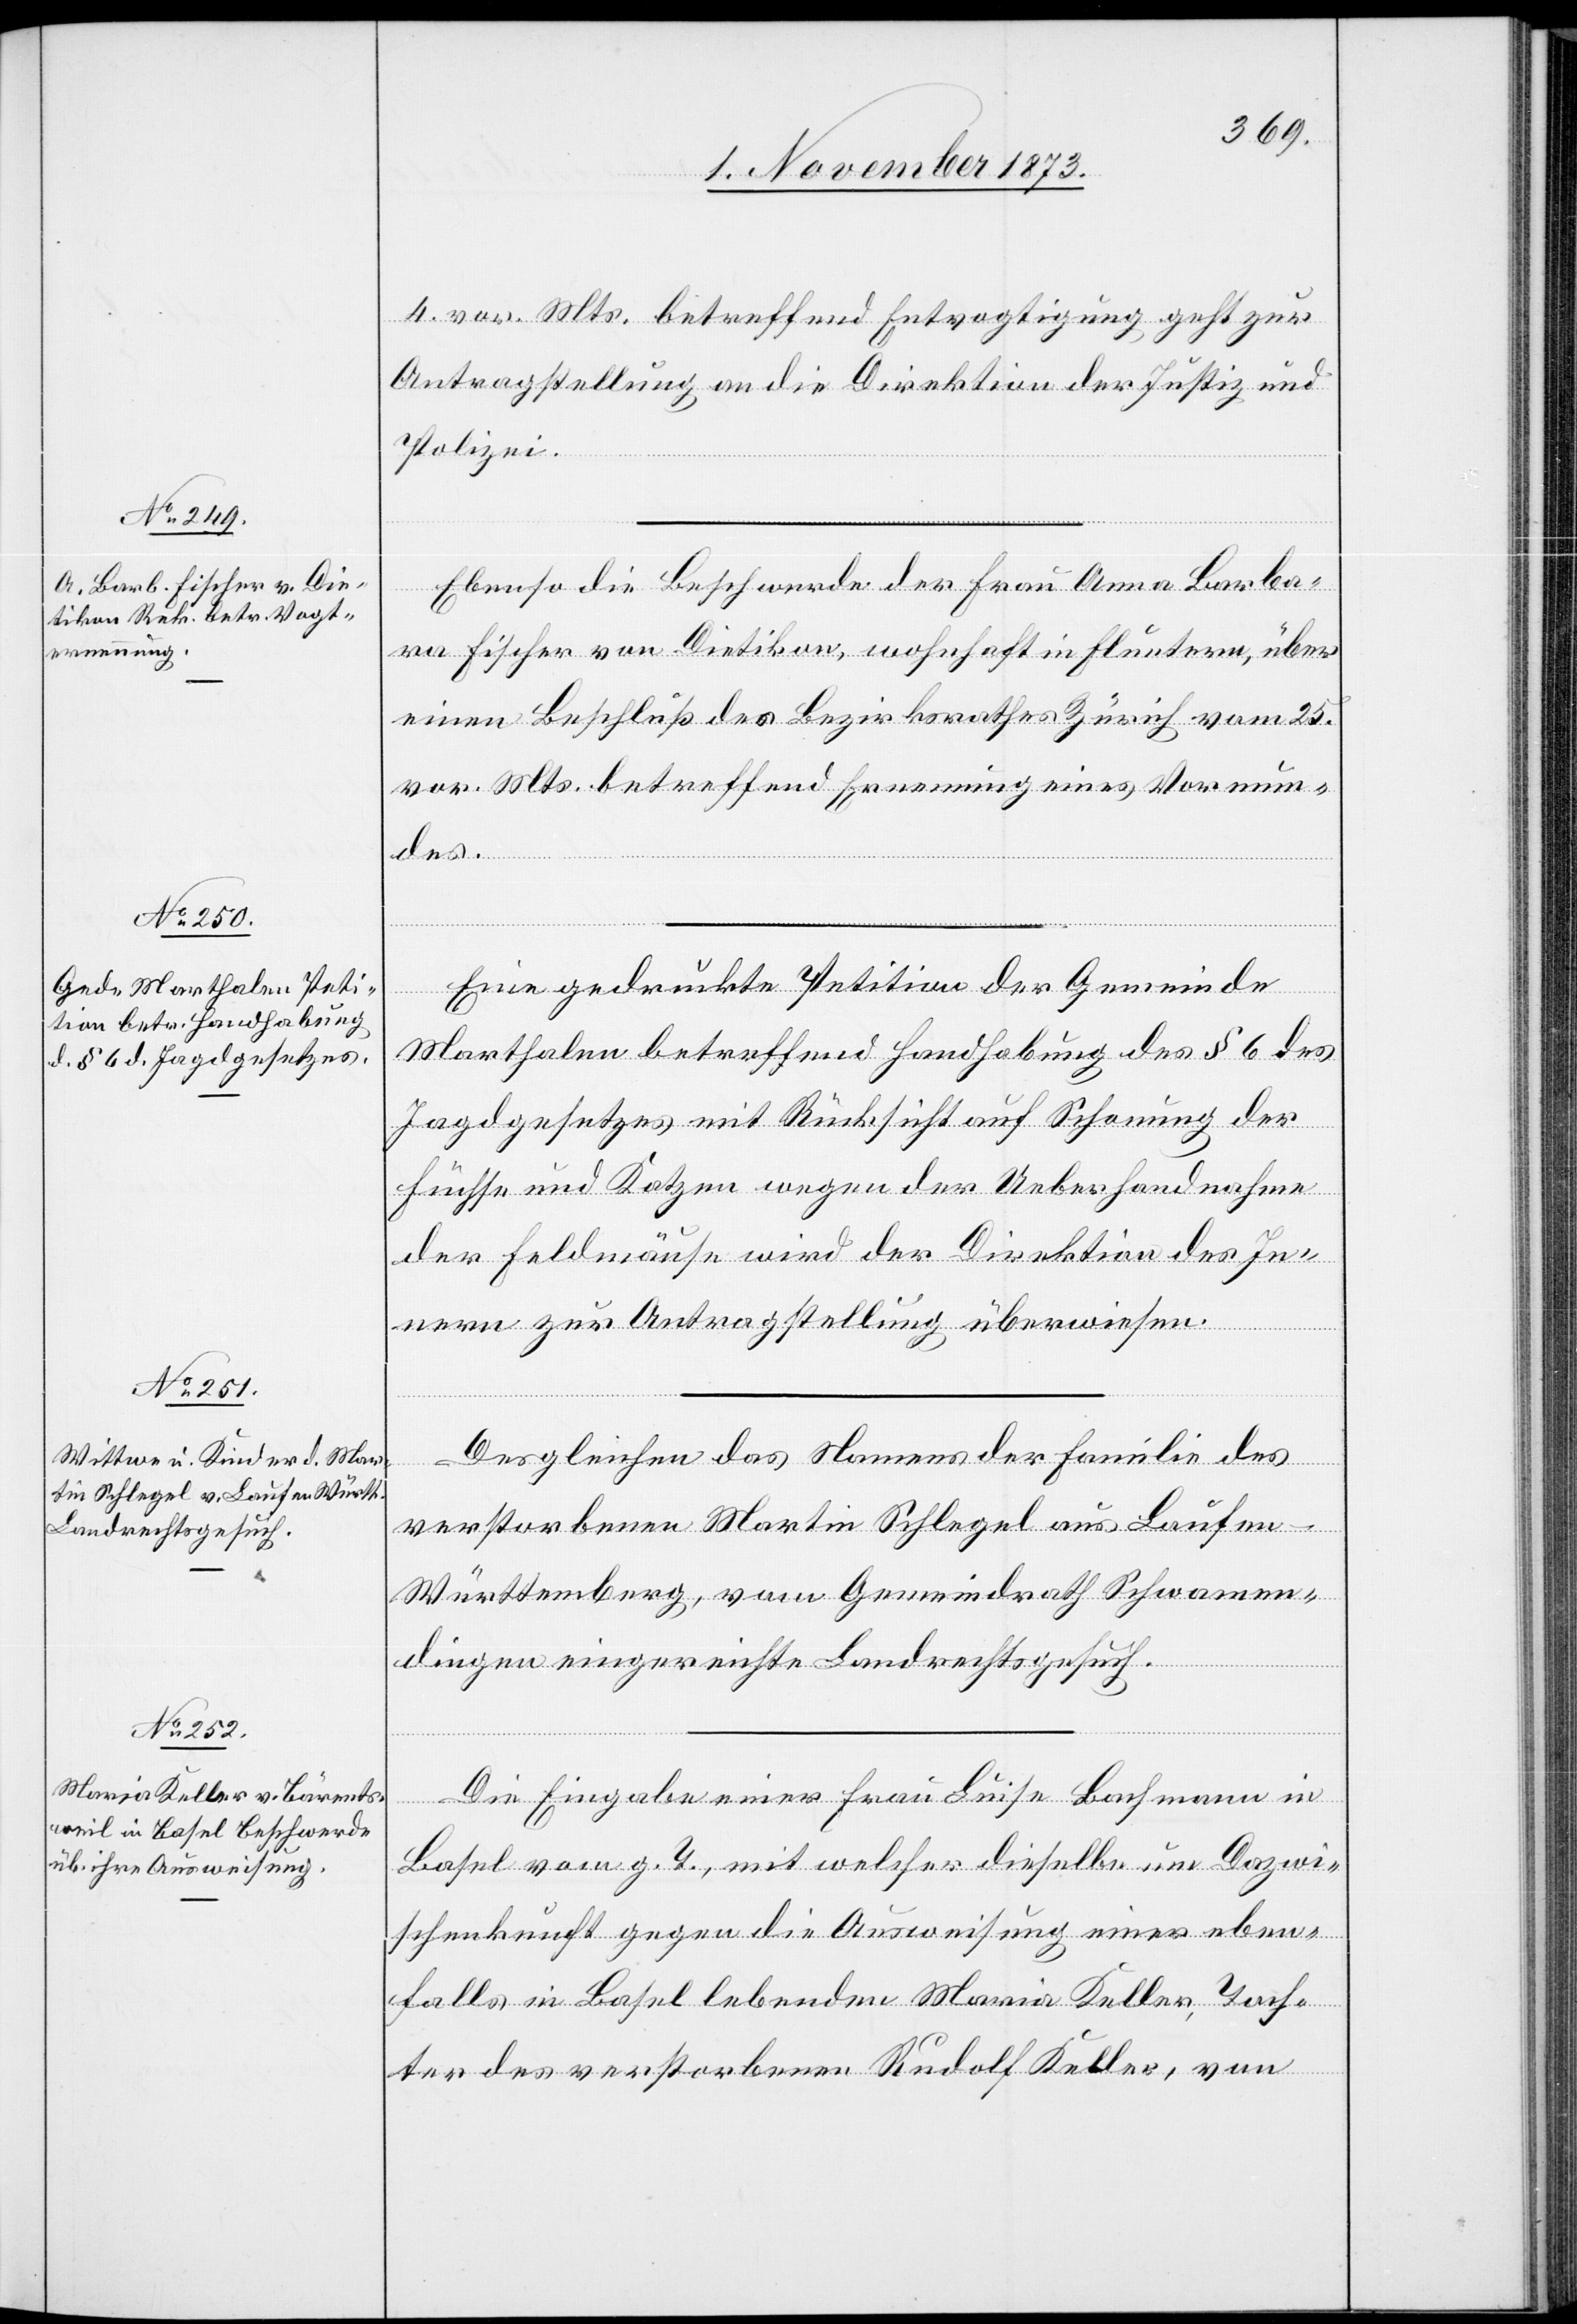
3. November 1873.]
4. vor. Mts. betreffend Entvogtigung geht zur
Antragstellung an die Direktion der Justiz und
Polizei.
Ebenso die Beschwerde der Frau Anna Barba¬
ra Fischer von Dietikon, wohnhaft in Fluntern, über
einen Beschluß des Bezirksrathes Zürich vom 25.
vor. Mts. betreffend Ernennung eines Vormun¬
Eine gedruckte Petition der Gemeinde
Marthalen betreffend Handhabung des § 6 des
Jagdgesetzes mit Rücksicht auf Schonung der
Füchse und Katzen wegen der Ueberhandnahme
der Feldmäuse wird der Direktion des In¬
nern zur Antragstellung überwiesen.
Desgleichen das Namens der Familie des
des.
verstorbenen Martin Schlegel aus Laufen
Württemberg, vom Gemeindrath Schwamen¬
dingen eingereichte Landrechtsgesuch.
Die Eingabe einer Frau Luise Bachmann in
Basel vom g. T., mit welcher dieselbe um Dazwi¬
schenkunft gegen die Ausweisung einer eben¬
falls in Basel lebenden Maria Keller, Toch¬
ter des verstorbenen Rudolf Keller, von